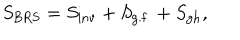
LaTeX: S _ { \mathrm { B R S } } = S _ { \mathrm { i n v } } + S _ { \mathrm { g . f . } } + S _ { \mathrm { g h } } ,